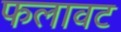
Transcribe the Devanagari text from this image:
फलावट